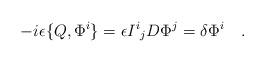
LaTeX: \begin{align*}-i\epsilon \{Q,\Phi^i \} = \epsilon {I^i}_j D \Phi^j = \delta \Phi^i \quad. \end{align*}